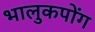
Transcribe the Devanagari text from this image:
भालुकपोंग